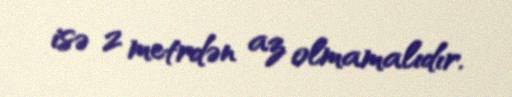
isə 2 metrdən az olmamalıdır.